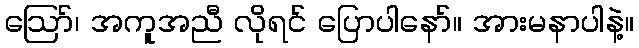
ဪ၊ အကူအညီ လိုရင် ပြောပါနော်။ အားမနာပါနဲ့။